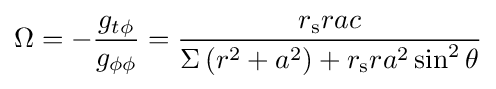
\Omega =-{\frac {g_{t\phi }}{g_{\phi \phi }}}={\frac {r_{\text{s}}rac}{\Sigma \left(r^{2}+a^{2}\right)+r_{\text{s}}ra^{2}\sin ^{2}\theta }}